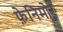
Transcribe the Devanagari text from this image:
फ़ेनिमोर